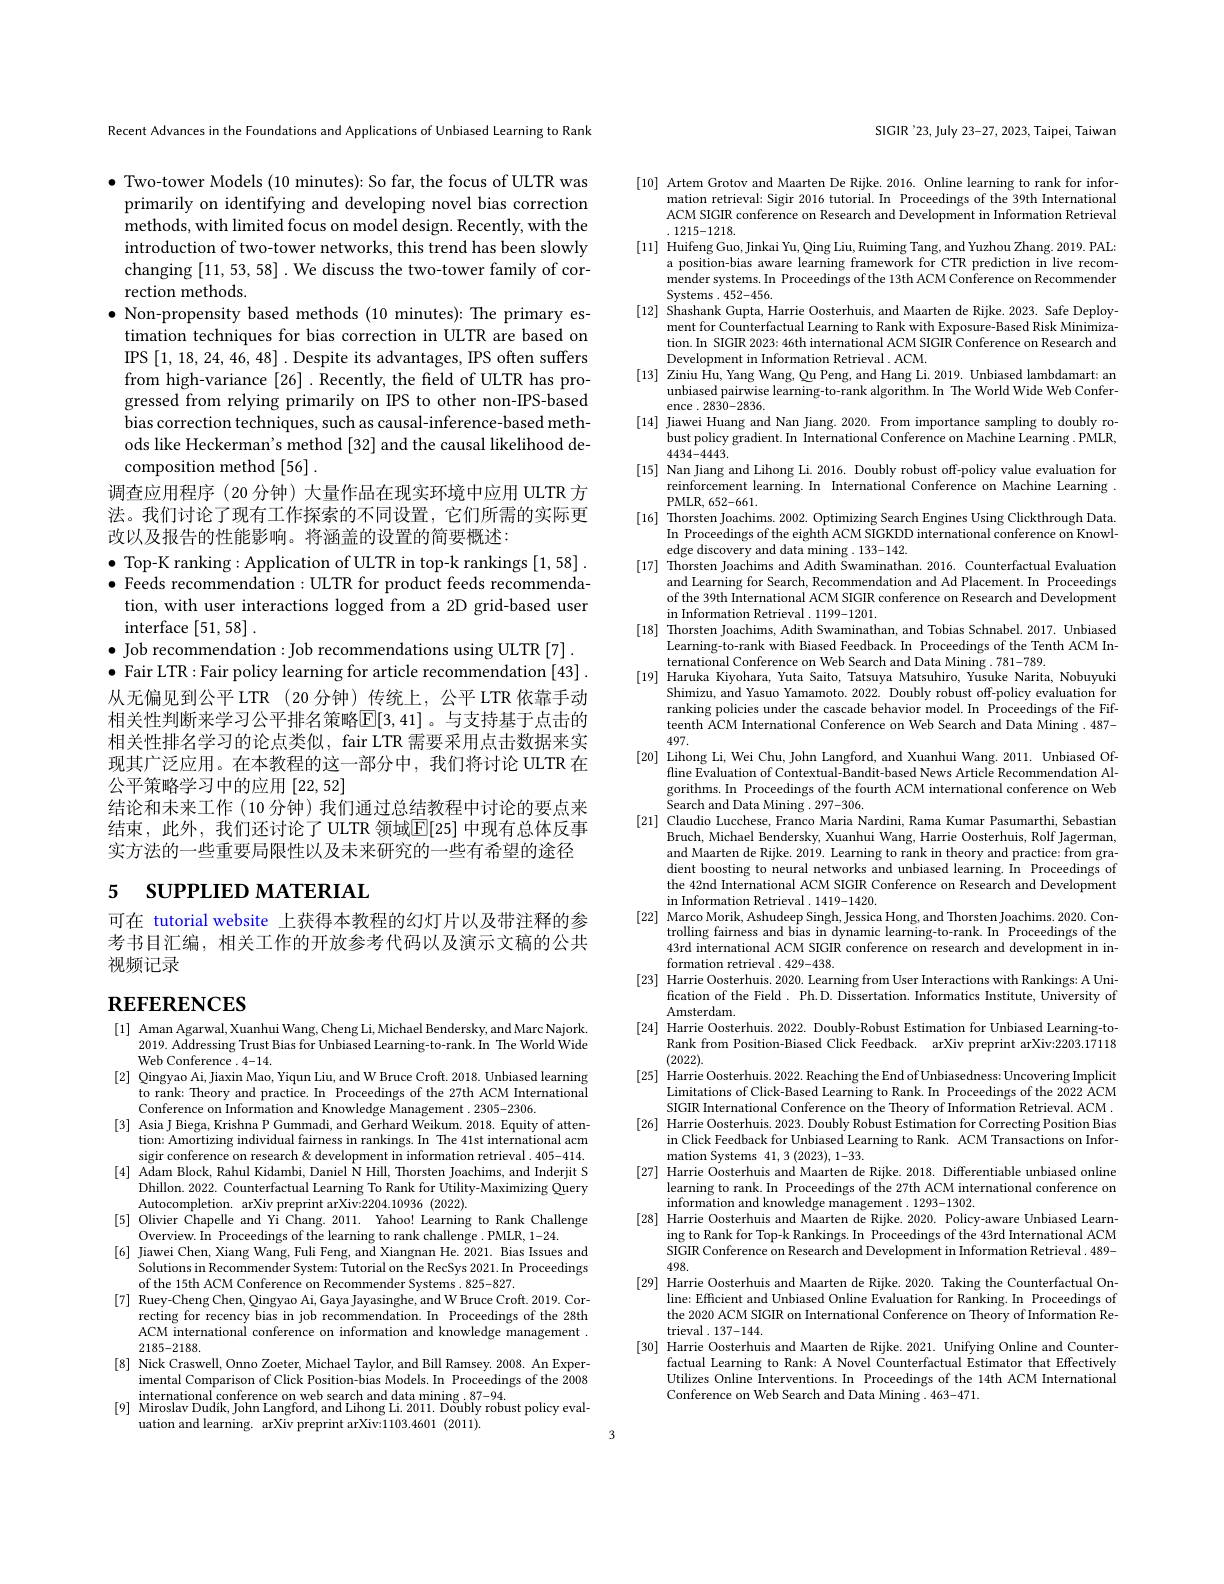
Recent Advances in the Foundations and Applications of Unbiased Learning to Rank

$\bullet$ Two-tower Models (10 minutes): So far, the focus of ULTR was
primarily on identifying and developing novel bias correction methods, with limited focus on model design. Recently, with the introduction of two-tower networks, this trend has been slowly changing [11,53,58] .We discuss the two-tower family of correction methods.
$\bullet$ Non-propensity based methods (10 minutes): The primary es-
timation techniques for bias correction in ULTR are based on IPS [1,18,24,46,48]. Despite its advantages, IPS often suffers from high-variance [26] .Recently, the feld of ULTR has progressed from relying primarily on IPS to other non-IPS-based bias correction techniques, such as causal-inference-based methods like Heckerman's method [32] and the causal likelihood decomposition method [56] .
调查应用程序 (20 分钟)大量作品在现实环境中应用 ULTR 方法。我们讨论了现有工作探索的不同设置，它们所需的实际更改以及报告的性能影响。将涵盖的设置的简要概述：
$\bullet$ Top-K ranking:Application of ULTR in top-k rankings [1,58]. $\bullet$ Feeds recommendation: ULTR for product feeds recommenda-
tion, with user interactions logged from a 2D grid-based user
${\mathrm{interface~}[ 51, 58] }$ .
$\bullet$ Job recommendation:Job recommendations using ULTR [7]. $\bullet$ Fair LTR: Fair policy learning for article recommendation [43] 从无偏见到公平 LTR (20 分钟)传统上，公平 LTR 依靠手动相关性判断来学习公平排名策略$\mathbb{E}[3,41]$。与支持基于点击的相关性排名学习的论点类似，fair LTR 需要采用点击数据来实现其广泛应用。在本教程的这一部分中，我们将讨论 ULTR 在公平策略学习中的应用[22,52]
结论和未来工作 (10 分钟) 我们通过总结教程中讨论的要点来结束，此外，我们还讨论了 ULTR 领域$\mathbb{E}[$25] 中现有总体反事实方法的一些重要局限性以及未来研究的一些有希望的途径

# 5 SUPPLIED MATERIAL

可在 tutorial website 上获得本教程的幻灯片以及带注释的参考书目汇编，相关工作的开放参考代码以及演示文稿的公共视频记录

# REFERENCES

[1] Aman Agarwal, Xuanhui Wang, Cheng Li, Michael Bendersky, and Marc Najork.
2019. Addressing Trust Bias for Unbiased Learning-to-rank. In The World Wide
Web Conference .4-14.
[2] Qingyao Ai, Jiaxin Mao, Yiqun Liu, and W Bruce Croft. 2018. Unbiased learning
to rank: Theory and practice. In Proceedings of the 27th ACM International
Conference on Information and Knowledge Management .2305-2306.
[3] Asia J Biega, Krishna P Gummadi, and Gerhard Weikum. 2018. Equity of atten-
tion: Amortizing individual fairness in rankings.In The 41st international acm sigir conference on research & development in information retrieval .405-414.
[4] Adam Block, Rahul Kidambi, Daniel N Hill, Thorsten Joachims, and Inderjit S
Dhillon. 2022. Counterfactual Learning To Rank for Utility-Maximizing Query $\begin{array}{ll}\text{Autocompletion. arXiv preprint arXiv:2204.10936(2022).}\\[5]&\text{Olivier Chapelle and Yi Chang.2011.Yahoo! Learning to Rank Challenge}\\\text{Ovarview In Proceadinse of the learnina to rank challange}\end{array}$
Overview. In Proceedings of the learning to rank challenge. PMLR, 1-24.
[6] Jiawei Chen, Xiang Wang, Fuli Feng, and Xiangnan He. 2021. Bias Issues and
Solutions in Recommender System: Tutorial on the RecSys 2021.In Proceedings
of the 15th ACM Conference on Recommender Systems . 825-827.
[7] Ruey-Cheng Chen, Qingyao Ai, Gaya Jayasinghe, and W Bruce Croft. 2019. Cor-
recting for recency bias in job recommendation. In Proceedings of the 28th ACM international conference on information and knowledge management . 2185-2188.
[8] Nick Craswell, Onno Zoeter, Michael Taylor, and Bill Ramsey. 2008. An Exper-
imental Comparison of Click Position-bias Models. In Proceedings of the $\hat{2008}$ $\begin{array}{ll}\text{international conference on web search and data mining.}87-94.\\[9]&\text{Miroslav Dudík, John Langford, and Lihong Li. 2011. Doubly robust policy eval-}\\[9]&\text{Miroslav Dudík, John Langford, and Lihong Li. 2011. Doubly robust policy eval-}\end{array}$
uation and learning. arXiv preprint arXiv:1103.4601 (2011).

SIGIR'23, July 23-27, 2023, Taipei, Taiwan

[10] Artem Grotov and Maarten De Rijke. 2016. Online learning to rank for infor-
mation retrieval: Sigir 2016 tutorial. In Proceedings of the 39th International ACM SIGIR conference on Research and Development in Information Retrieval . 1215-1218.
[11] Huifeng Guo, Jinkai Yu, Qing Liu, Ruiming Tang, and Yuzhou Zhang. 2019. PAL:
a position-bias aware learning framework for CTR prediction in live recommender systems. In Proceedings of the 13th ACM Conference on Recommender Systems .452-456.
[12] Shashank Gupta, Harrie Oosterhuis, and Maarten de Rijke. 2023. Safe Deploy-
ment for Counterfactual Learning to Rank with Exposure-Based Risk Minimization. In SIGIR 2023: 46th international ACM SIGIR Conference on Research and Development in Information Retrieval . ACM.
[13] Ziniu Hu, Yang Wang, Qu Peng, and Hang Li. 2019. Unbiased lambdamart: an
unbiased pairwise learning-to-rank algorithm.In The World Wide Web Confer-
ence .2830-2836.
[14] Jiawei Huang and Nan Jiang. 2020. From importance sampling to doubly ro-
bust policy gradient. In International Conference on Machine Learning .PMLR,
4434-4443.
[15] Nan Jiang and Lihong Li. 2016. Doubly robust off-policy value evaluation for
reinforcement learning. In International Conference on Machine Learning .
PMLR, 652-661.
[16] Thorsten Joachims. 2002. Optimizing Search Engines Using Clickthrough Data
In Proceedings of the eighth ACM SIGKDD international conference on Knowl-
edge discovery and data mining .133-142.
[17] Thorsten Joachims and Adith Swaminathan.2016. Counterfactual Evaluation
and Learning for Search, Recommendation and Ad Placement. In Proceedings of the 39th International ACM SIGIR conference on Research and Development $\begin{array}{c}\mathrm{in~Information~Retrieval~.~1199-1201.}\\\mathrm{in~Information~Retrieval~.~1199-1201.}\end{array}$
[18] Thorsten Joachims, Adith Swaminathan, and Tobias Schnabel. 2017. Unbiased
Learning-to-rank with Biased Feedback. In Proceedings of the Tenth ACM In-
ternational Conference on Web Search and Data Mining .781-789.
[19] Haruka Kiyohara, Yuta Saito, Tatsuya Matsuhiro, Yusuke Narita, Nobuyuki
Shimizu, and Yasuo Yamamoto. 2022. Doubly robust off-policy evaluation for ranking policies under the cascade behavior model. In Proceedings of the Fifteenth ACM International Conference on Web Search and Data Mining . 487- 497.
[20] Lihong Li, Wei Chu, John Langford, and Xuanhui Wang. 2011. Unbiased Of-
fline Evaluation of Contextual- Bandit- based News Article Recommendation Al- gorithms. In Proceedings of the fourth ACM international conference on Web Sarch and Data Mininnd 297- 306
Search and Data Mining$\cdot 297- 306.$
[21] Claudio Lucchese, Franco Maria Nardini, Rama Kumar Pasumarthi, Sebastiar
Bruch, Michael Bendersky, Xuanhui Wang, Harrie Oosterhuis, Rolf Jagerman, and Maarten de Rijke. 2019. Learning to rank in theory and practice: from gradient boosting to neural networks and unbiased learning. In Proceedings of the 42nd International ACM SIGIR Conference on Research and Development in Information Retrieval . 1419-1420.
[22] Marco Morik, Ashudeep Singh, Jessica Hong, and Thorsten Joachims. 2020. Con
trolling fairness and bias in dynamic learning-to-rank. In Proceedings of the 43rd international ACM SIGIR conference on research and development in information retrieval .429-438.
[23] Harrie Oosterhuis. 2020. Learning from User Interactions with Rankings: A Uni-
fication of the Field. Ph.D. Dissertation. Informatics Institute, University of
Amsterdam.
[24] Harrie Oosterhuis. 2022. Doubly-Robust Estimation for Unbiased Learning-to-
Rank from Position-Biased Click Feedback. arXiv preprint arXiv:2203.17118
(2022).
[25] Harrie Oosterhuis. 2022. Reaching the End of Unbiasedness: Uncovering Implicit
Limitations of Click-Based Learning to Rank. In Proceedings of the 2022 ACM SIGIR International Conference on the Theory of Information Retrieval. ACM .
[26] Harrie Oosterhuis. 2023. Doubly Robust Estimation for Correcting Position Bias
in Click Feedback for Unbiased Learning to Rank. ACM Transactions on Infor-
$\operatorname*{mation}$Systems 41,3(2023),1-33.
[27] Harrie Oosterhuis and Maarten de Rijke. 2018. Differentiable unbiased online
learning to rank.In Proceedings of the 27th ACM international conference on
information and knowledge management . 1293-1302.
[28] Harrie Oosterhuis and Maarten de Rijke. 2020. Policy-aware Unbiased Learn-
ing to Rank for Top- k Rankings. In Proceedings of the 43rd International ACM crom Ger SIGIR Conference on Research and Development in Information Retrieval. 489- 498. Harrie Oosterhuis and Maarten de Riike 2020 Taking the Counterfactual Onis
[29] Harrie Oosterhuis and Maarten de Rijke. 2020. Taking the Counterfactual On-
line: Efficient and Unbiased Online Evaluation for Ranking. In Proceedings of the 2020 ACM SIGIR on International Conference on Theory of Information Retrieval . 137-144.
[30] Harrie Oosterhuis and Maarten de Rijke. 2021. Unifying Online and Counter-
factual Learning to Rank: A Novel Counterfactual Estimator that Effectively Utilizes Online Interventions. In Proceedings of the 14th ACM International Conference on Web Search and Data Mining .463-471.